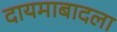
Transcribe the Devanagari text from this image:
दायमाबादला